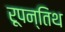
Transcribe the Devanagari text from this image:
रूपन्तिथ